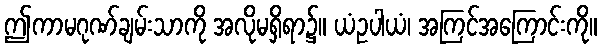
ဤကာမဂုဏ်ချမ်းသာကို အလိုမရှိရာ၌။ ယံဥပါယံ၊ အကြင်အကြောင်းကို။